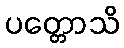
ပတ္တောသိ